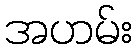
အဟမ်း